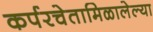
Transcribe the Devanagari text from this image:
कर्परचेतामिळालेल्या